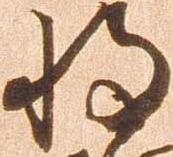
将